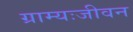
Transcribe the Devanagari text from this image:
ग्राम्यःजीवन